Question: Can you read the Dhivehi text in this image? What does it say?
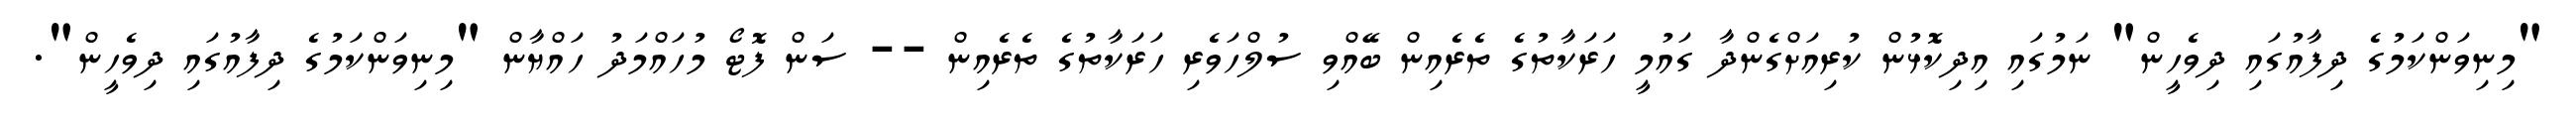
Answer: "މިނިވަންކަމުގެ ދިފާއުގައި ދިވެހީން" ނަމުގައި އިދިކޮޅުން ކުރިއަށްގެންދާ ގައުމީ ހަރަކާތުގެ ތެރެއިން ބޭއްވި ސުލްހަވެރި ހަރަކާތުގެ ތެރެއިން -- ސަން ފޮޓޯ މުހައްމަދު ހައްޔާން "މިނިވަންކަމުގެ ދިފާއުގައި ދިވެހީން".